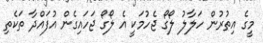
މީގެ އިތުރުން ހަލާލު ލޯގޯ ޖެހުމަކީ އެ ލޯގޯ ޖަހައިގެން އުފައްދާ ތަކެތި